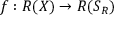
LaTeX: f : R ( X ) \rightarrow R ( S _ { R } )